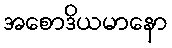
အစောဒိယမာနော